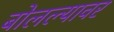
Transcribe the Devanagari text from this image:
बोलल्यावर